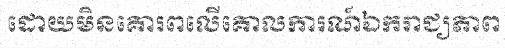
ដោយមិនគោរពលើគោលការណ៍ឯករាជ្យភាព